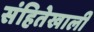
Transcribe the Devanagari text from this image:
संहितेखाली